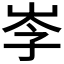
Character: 𡥏